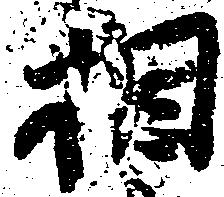
相